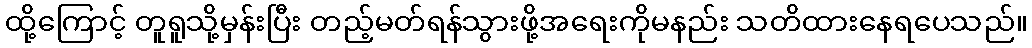
ထို့ကြောင့် တူရူသို့မှန်းပြီး တည့်မတ်ရန်သွားဖို့အရေးကိုမနည်း သတိထားနေရပေသည်။